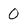
Character: 0